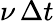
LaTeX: \nu\, \Delta t